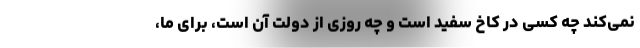
نمی‌کند چه کسی در کاخ سفید است و چه روزی از دولت آن است، برای ما،